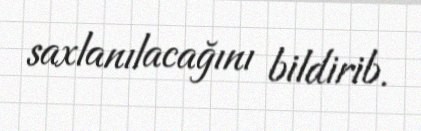
saxlanılacağını bildirib.